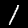
Label: 1